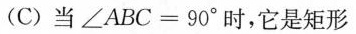
(C)当$$∠ A B C = 9 0 °$$时，它是矩形